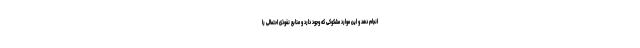
انجام دهد و این موارد مشکوکی که وجود دارد و منابع نفوذی احتمالی را